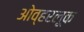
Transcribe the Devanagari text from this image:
ओव्हरलूक